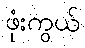
ဖုံးကွယ်